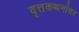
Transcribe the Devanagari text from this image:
वृत्तकथनांवर